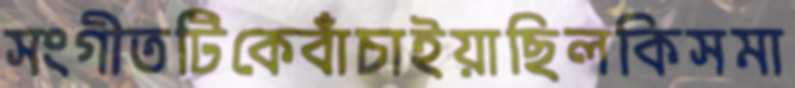
সংগীতটিকেবাঁচাইয়াছিলকিসমা